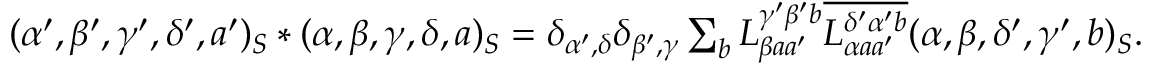
\begin{array} { r } { ( \alpha ^ { \prime } , \beta ^ { \prime } , \gamma ^ { \prime } , \delta ^ { \prime } , a ^ { \prime } ) _ { S } \ast ( \alpha , \beta , \gamma , \delta , a ) _ { S } = \delta _ { \alpha ^ { \prime } , \delta } \delta _ { \beta ^ { \prime } , \gamma } \sum _ { b } L _ { \beta a a ^ { \prime } } ^ { \gamma ^ { \prime } \beta ^ { \prime } b } \overline { { L _ { \alpha a a ^ { \prime } } ^ { \delta ^ { \prime } \alpha ^ { \prime } b } } } ( \alpha , \beta , \delta ^ { \prime } , \gamma ^ { \prime } , b ) _ { S } . } \end{array}